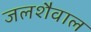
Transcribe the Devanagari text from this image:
जलशैवाल